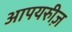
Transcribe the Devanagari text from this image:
आपयरुीज़